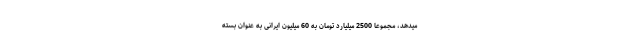
میدهد، مجموعا 2500 میلیارد تومان به 60 میلیون ایرانی به عنوان بسته